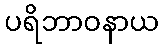
ပရိဘာဝနာယ